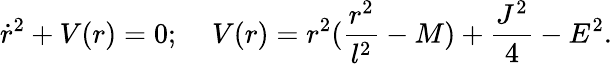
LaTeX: \dot{r}^{2}+V(r)=0;\; \; \; \; V(r)=r^{2}(\frac{r^{2}}{l^{2}}-M)+\frac{J^{2}}{4}-E^{2}.